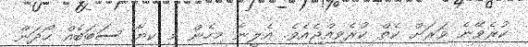
ކުރެވޭނެ ވަރަށް ކެތް ކުރެވިއްޖެއެވެ. އެލީނާ މިހެން މި ކިޔާ ސަބަބެއް ހޯދަން